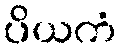
ပိယကံ